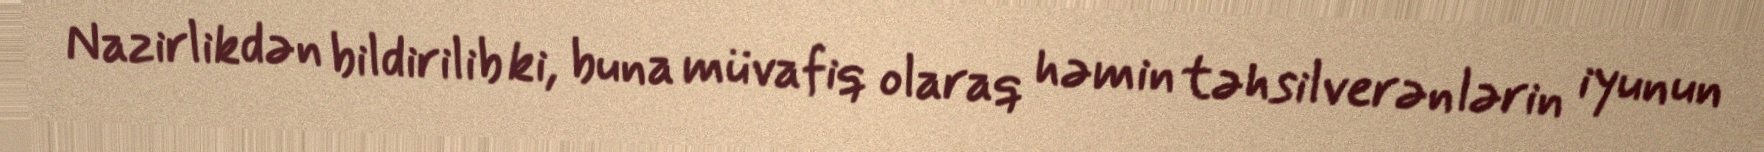
Nazirlikdən bildirilib ki, buna müvafiq olaraq həmin təhsilverənlərin iyunun